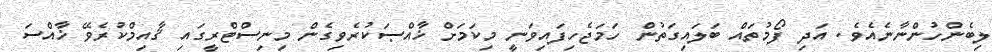
ލިބެންހުންނާނެއެވެ. އަދި ފޯމުތައް ބަލައިގަތުން ހަމަޖެހިފައިވަނީ މިކަމަށް ޚާއްޞަކުރެވިގެން މިނިސްޓްރީގައި ޤާއިމްކުރެވޭ ޚާއްސަ